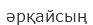
әрқайсың